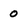
Character: 0